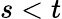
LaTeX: s<t